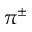
\pi ^ { \pm }